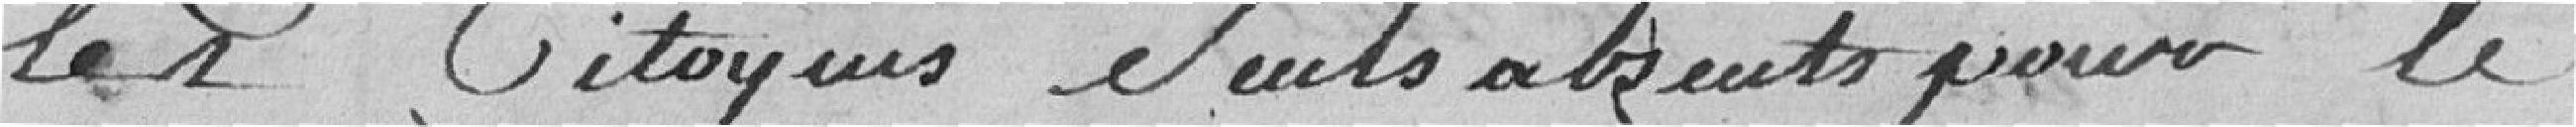
les citoyens seuls absents pour le